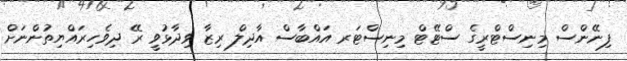
ފިނޭންސް މިނިސްޓްރީގެ ސްޓޭޓް މިނިސްޓަރ އައްބާސް އާދިލް ރިޒާ ވިދާޅުވީ ރޭ ދިވެހިރައްޔިތުންނަށް